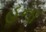
હના